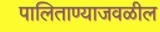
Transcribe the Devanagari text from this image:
पालिताण्याजवळील